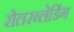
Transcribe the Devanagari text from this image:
रोलरब्लेडिंग